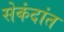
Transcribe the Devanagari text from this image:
सेकंदांत